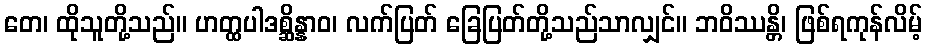
တေ၊ ထိုသူတို့သည်။ ဟတ္ထပါဒစ္ဆိန္နာဝ၊ လက်ပြတ် ခြေပြတ်တို့သည်သာလျှင်။ ဘဝိဿန္တိ၊ ဖြစ်ရကုန်လိမ့်